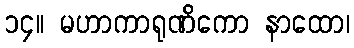
၁၄။ မဟာကာရုဏိကော နာထော၊